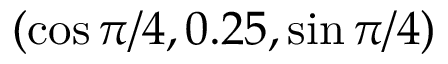
( \cos \pi / 4 , 0 . 2 5 , \sin \pi / 4 )